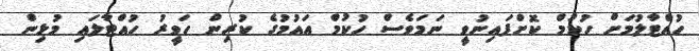
ހުއްޓާލުމަށް ހުކުމް ކޮށްފައިނުވީ ނަމަވެސް ހުކުމް އައުމުގެ ކުރިން ހަވީރު ހުއްޓާލައި މުޅިން